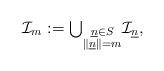
LaTeX: \begin{align*}\mathcal{I}_{m}:={\textstyle\bigcup\nolimits_{\substack{\underline{n}\in S\\\left\Vert\underline{n}\right\Vert =m}}}\mathcal{I}_{\underline{n}},\end{align*}